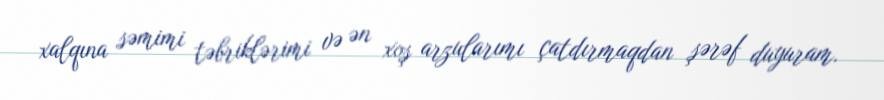
xalqına səmimi təbriklərimi və ən xoş arzularımı çatdırmaqdan şərəf duyuram.